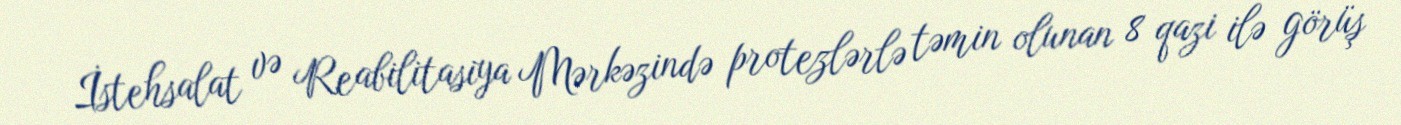
İstehsalat və Reabilitasiya Mərkəzində protezlərlə təmin olunan 8 qazi ilə görüş